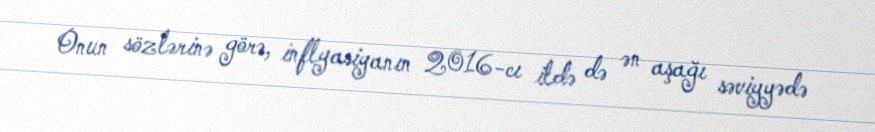
Onun sözlərinə görə, inflyasiyanın 2016-cı ildə də ən aşağı səviyyədə